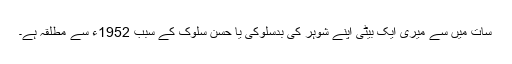
سات میں سے میری ایک بیٹی اپنے شوہر کی بدسلوکی یا حسن سلوک کے سبب 1952ء سے مطلقہ ہے۔